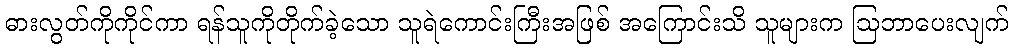
ဓားလွတ်ကိုကိုင်ကာ ရန်သူကိုတိုက်ခဲ့သော သူရဲကောင်းကြီးအဖြစ် အကြောင်းသိ သူများက ဩဘာပေးလျက်